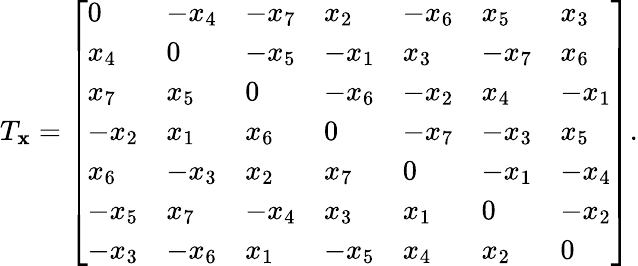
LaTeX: T_{\mathbf{x}}={\left[\begin{array}{lllllll}{0}&{-x_{4}}&{-x_{7}}&{x_{2}}&{-x_{6}}&{x_{5}}&{x_{3}}\\ {x_{4}}&{0}&{-x_{5}}&{-x_{1}}&{x_{3}}&{-x_{7}}&{x_{6}}\\ {x_{7}}&{x_{5}}&{0}&{-x_{6}}&{-x_{2}}&{x_{4}}&{-x_{1}}\\ {-x_{2}}&{x_{1}}&{x_{6}}&{0}&{-x_{7}}&{-x_{3}}&{x_{5}}\\ {x_{6}}&{-x_{3}}&{x_{2}}&{x_{7}}&{0}&{-x_{1}}&{-x_{4}}\\ {-x_{5}}&{x_{7}}&{-x_{4}}&{x_{3}}&{x_{1}}&{0}&{-x_{2}}\\ {-x_{3}}&{-x_{6}}&{x_{1}}&{-x_{5}}&{x_{4}}&{x_{2}}&{0}\end{array}\right]}.